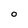
Character: O